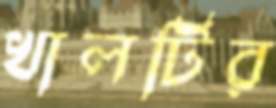
খালটির